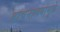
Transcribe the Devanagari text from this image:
वाचनालयामुळे